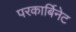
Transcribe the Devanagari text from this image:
परकार्बिनेट